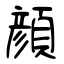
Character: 顔